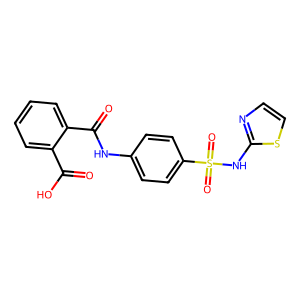
SMILES: O=C(O)c1ccccc1C(=O)Nc1ccc(S(=O)(=O)Nc2nccs2)cc1
Inhibits HIV replication: No